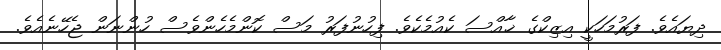
ދިޔައެވެ. ފަރުމަހަކީ އިޒިކްގެ ޚާއްސަ ކެއުމެކެވެ. ފިހުނުފަރު މަސް ކޮންމެހެންވެސް ހުންނަން ޖެހޭނެއެވެ.